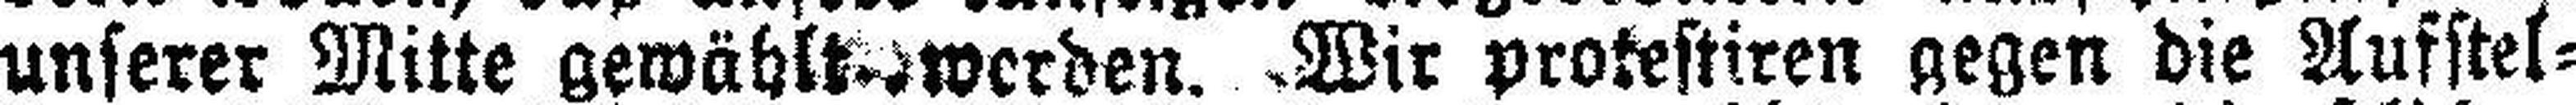
unserer Mitte gewählt werden. Wir protestiren gegen die Aufstel¬